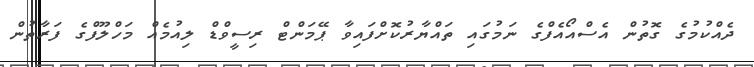
ދެއްކުމުގެ ގޮތުން އެސްއޯއެފްގެ ނަމުގައި ތައްޔާރުކޮށްފައިވާ ޕޭމަންޓް ރިސީވްޑް ލިއުމެއް މަހްލޫފްގެ ފަރާތުން